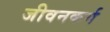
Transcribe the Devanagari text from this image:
जीवनकर्म